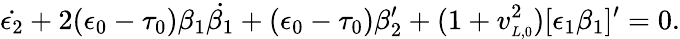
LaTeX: \dot{\epsilon_{2}}+2(\epsilon_{0}-\tau_{0})\beta_{1}\dot{\beta_{1}}+(\epsilon_{0}-\tau_{0})\beta_{2}^{\prime}+(1+v_{\scriptscriptstyle L,0}^{2})[\epsilon_{1}\beta_{1}]^{\prime}=0.